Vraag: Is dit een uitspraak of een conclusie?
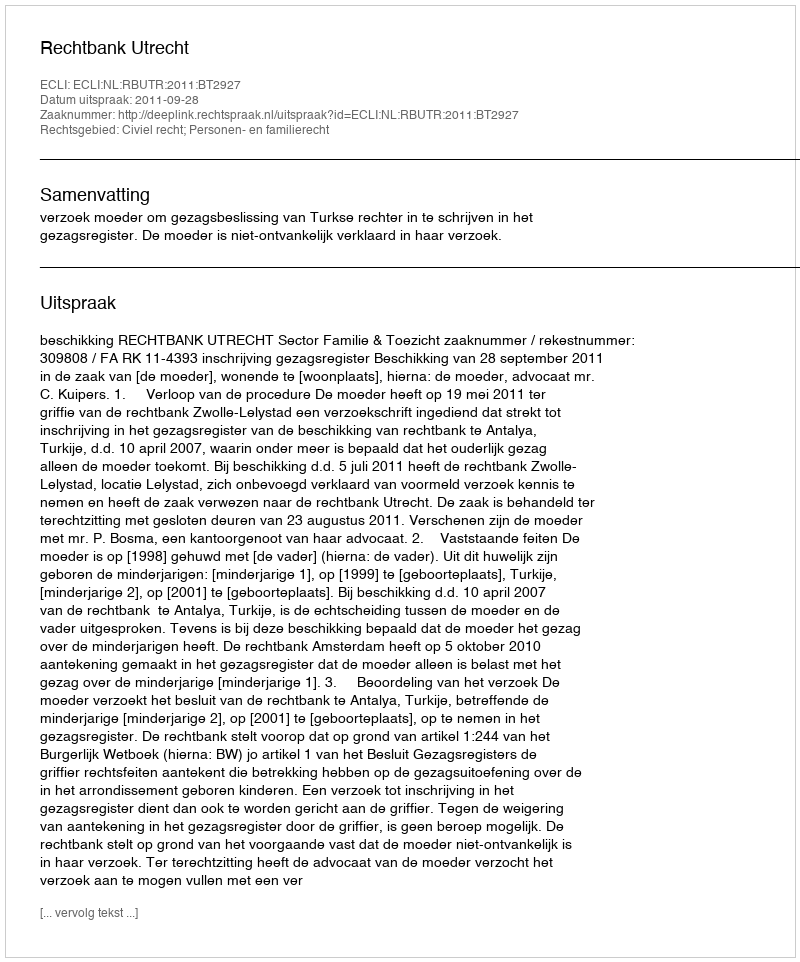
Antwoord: Uitspraak